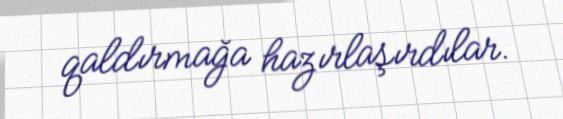
qaldırmağa hazırlaşırdılar.